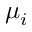
\mu _ { i }